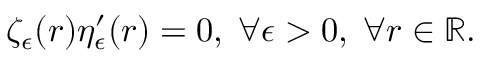
\zeta _ { \epsilon } ( r ) \eta _ { \epsilon } ^ { \prime } ( r ) = 0 , \; \forall \epsilon > 0 , \; \forall r \in \mathbb { R } .